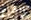
القرع